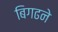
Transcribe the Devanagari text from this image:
बिगढने